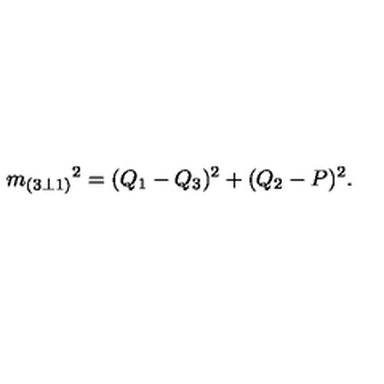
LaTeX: { m _ { ( 3 \bot 1 ) } } ^ { 2 } = ( Q _ { 1 } - Q _ { 3 } ) ^ { 2 } + ( Q _ { 2 } - P ) ^ { 2 } .